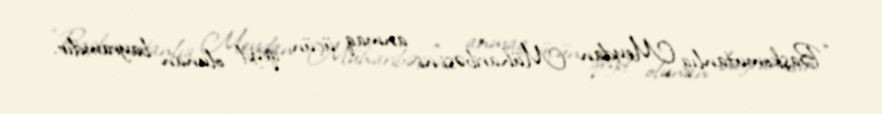
“Başkomutanlıq Meydan Müharibəsi”ni anmaq üçün qeyd olunan bayramdır.